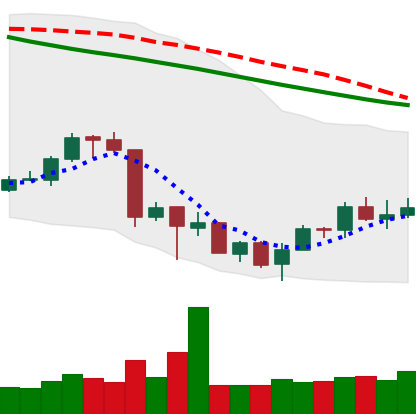
Ticker: ETH-USD
Chart end date: 2018-07-05
Forward return: -8.429%
Label: down_7plus